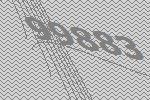
99883